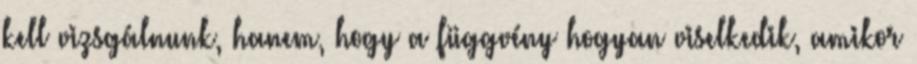
kell vizsgálnunk, hanem, hogy a függvény hogyan viselkedik, amikor